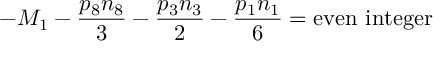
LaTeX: - M _ { 1 } - { \frac { p _ { 8 } n _ { 8 } } { 3 } } - { \frac { p _ { 3 } n _ { 3 } } { 2 } } - { \frac { p _ { 1 } n _ { 1 } } { 6 } } = \mathrm { e v e n } \ \mathrm { i n t e g e r }